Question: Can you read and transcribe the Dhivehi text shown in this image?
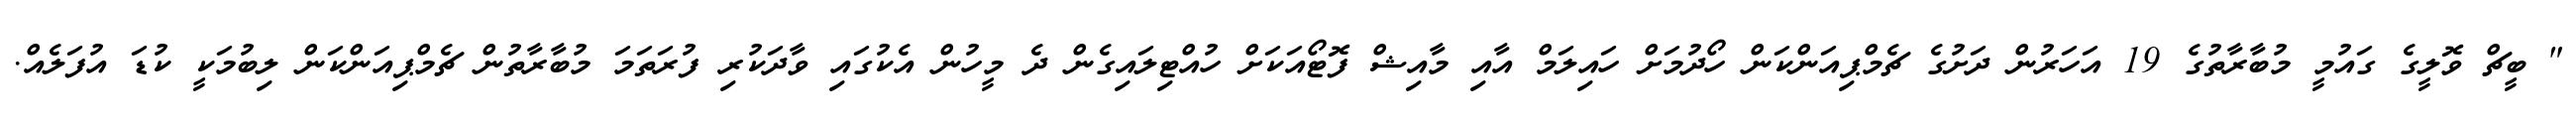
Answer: " ބީޗް ވޮލީގެ ގައުމީ މުބާރާތުގެ 19 އަހަރުން ދަށުގެ ޗެމްޕިއަންކަން ހޯދުމަށް ހައިލަމް އާއި މާއިޝް ފޮޓޯއަކަށް ހުއްޓިލައިގެން ދެ މީހުން އެކުގައި ވާދަކުރި ފުރަތަމަ މުބާރާތުން ޗެމްޕިއަންކަން ލިބުމަކީ ކުޑަ އުފަލެއް.